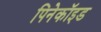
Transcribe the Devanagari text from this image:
पिनेकॉइड